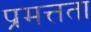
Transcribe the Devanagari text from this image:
प्रमत्तता